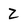
Character: 2